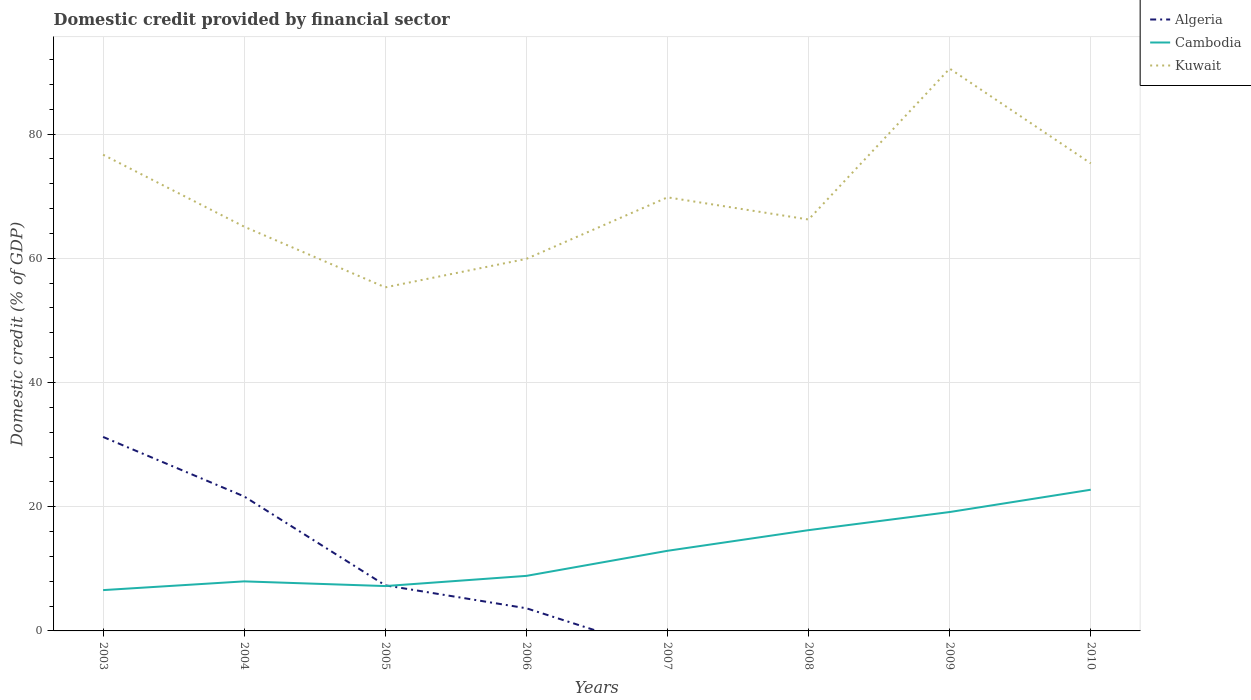
| Years | Algeria | Cambodia | Kuwait |
 | --- | --- | --- | --- |
 | 2003 | 31.2 | 6.57 | 76.7 |
 | 2004 | 21.7 | 7.98 | 65.1 |
 | 2005 | 7.34 | 7.22 | 55.3 |
 | 2006 | 3.65 | 8.86 | 59.9 |
 | 2007 | -3.64 | 12.9 | 69.8 |
 | 2008 | -12.7 | 16.2 | 66.2 |
 | 2009 | -8.95 | 19.1 | 90.5 |
 | 2010 | -6.63 | 22.7 | 75.3 |